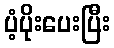
ပံ့ပိုးပေးပြီး